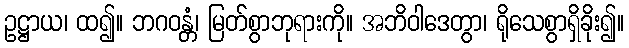
ဥဋ္ဌာယ၊ ထ၍။ ဘဂဝန္တံ၊ မြတ်စွာဘုရားကို။ အဘိဝါဒေတွာ၊ ရိုသေစွာရှိခိုး၍။